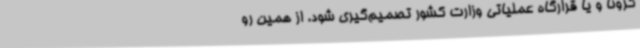
کرونا و یا قرارگاه عملیاتی وزارت کشور تصمیم‌گیری شود. از همین رو